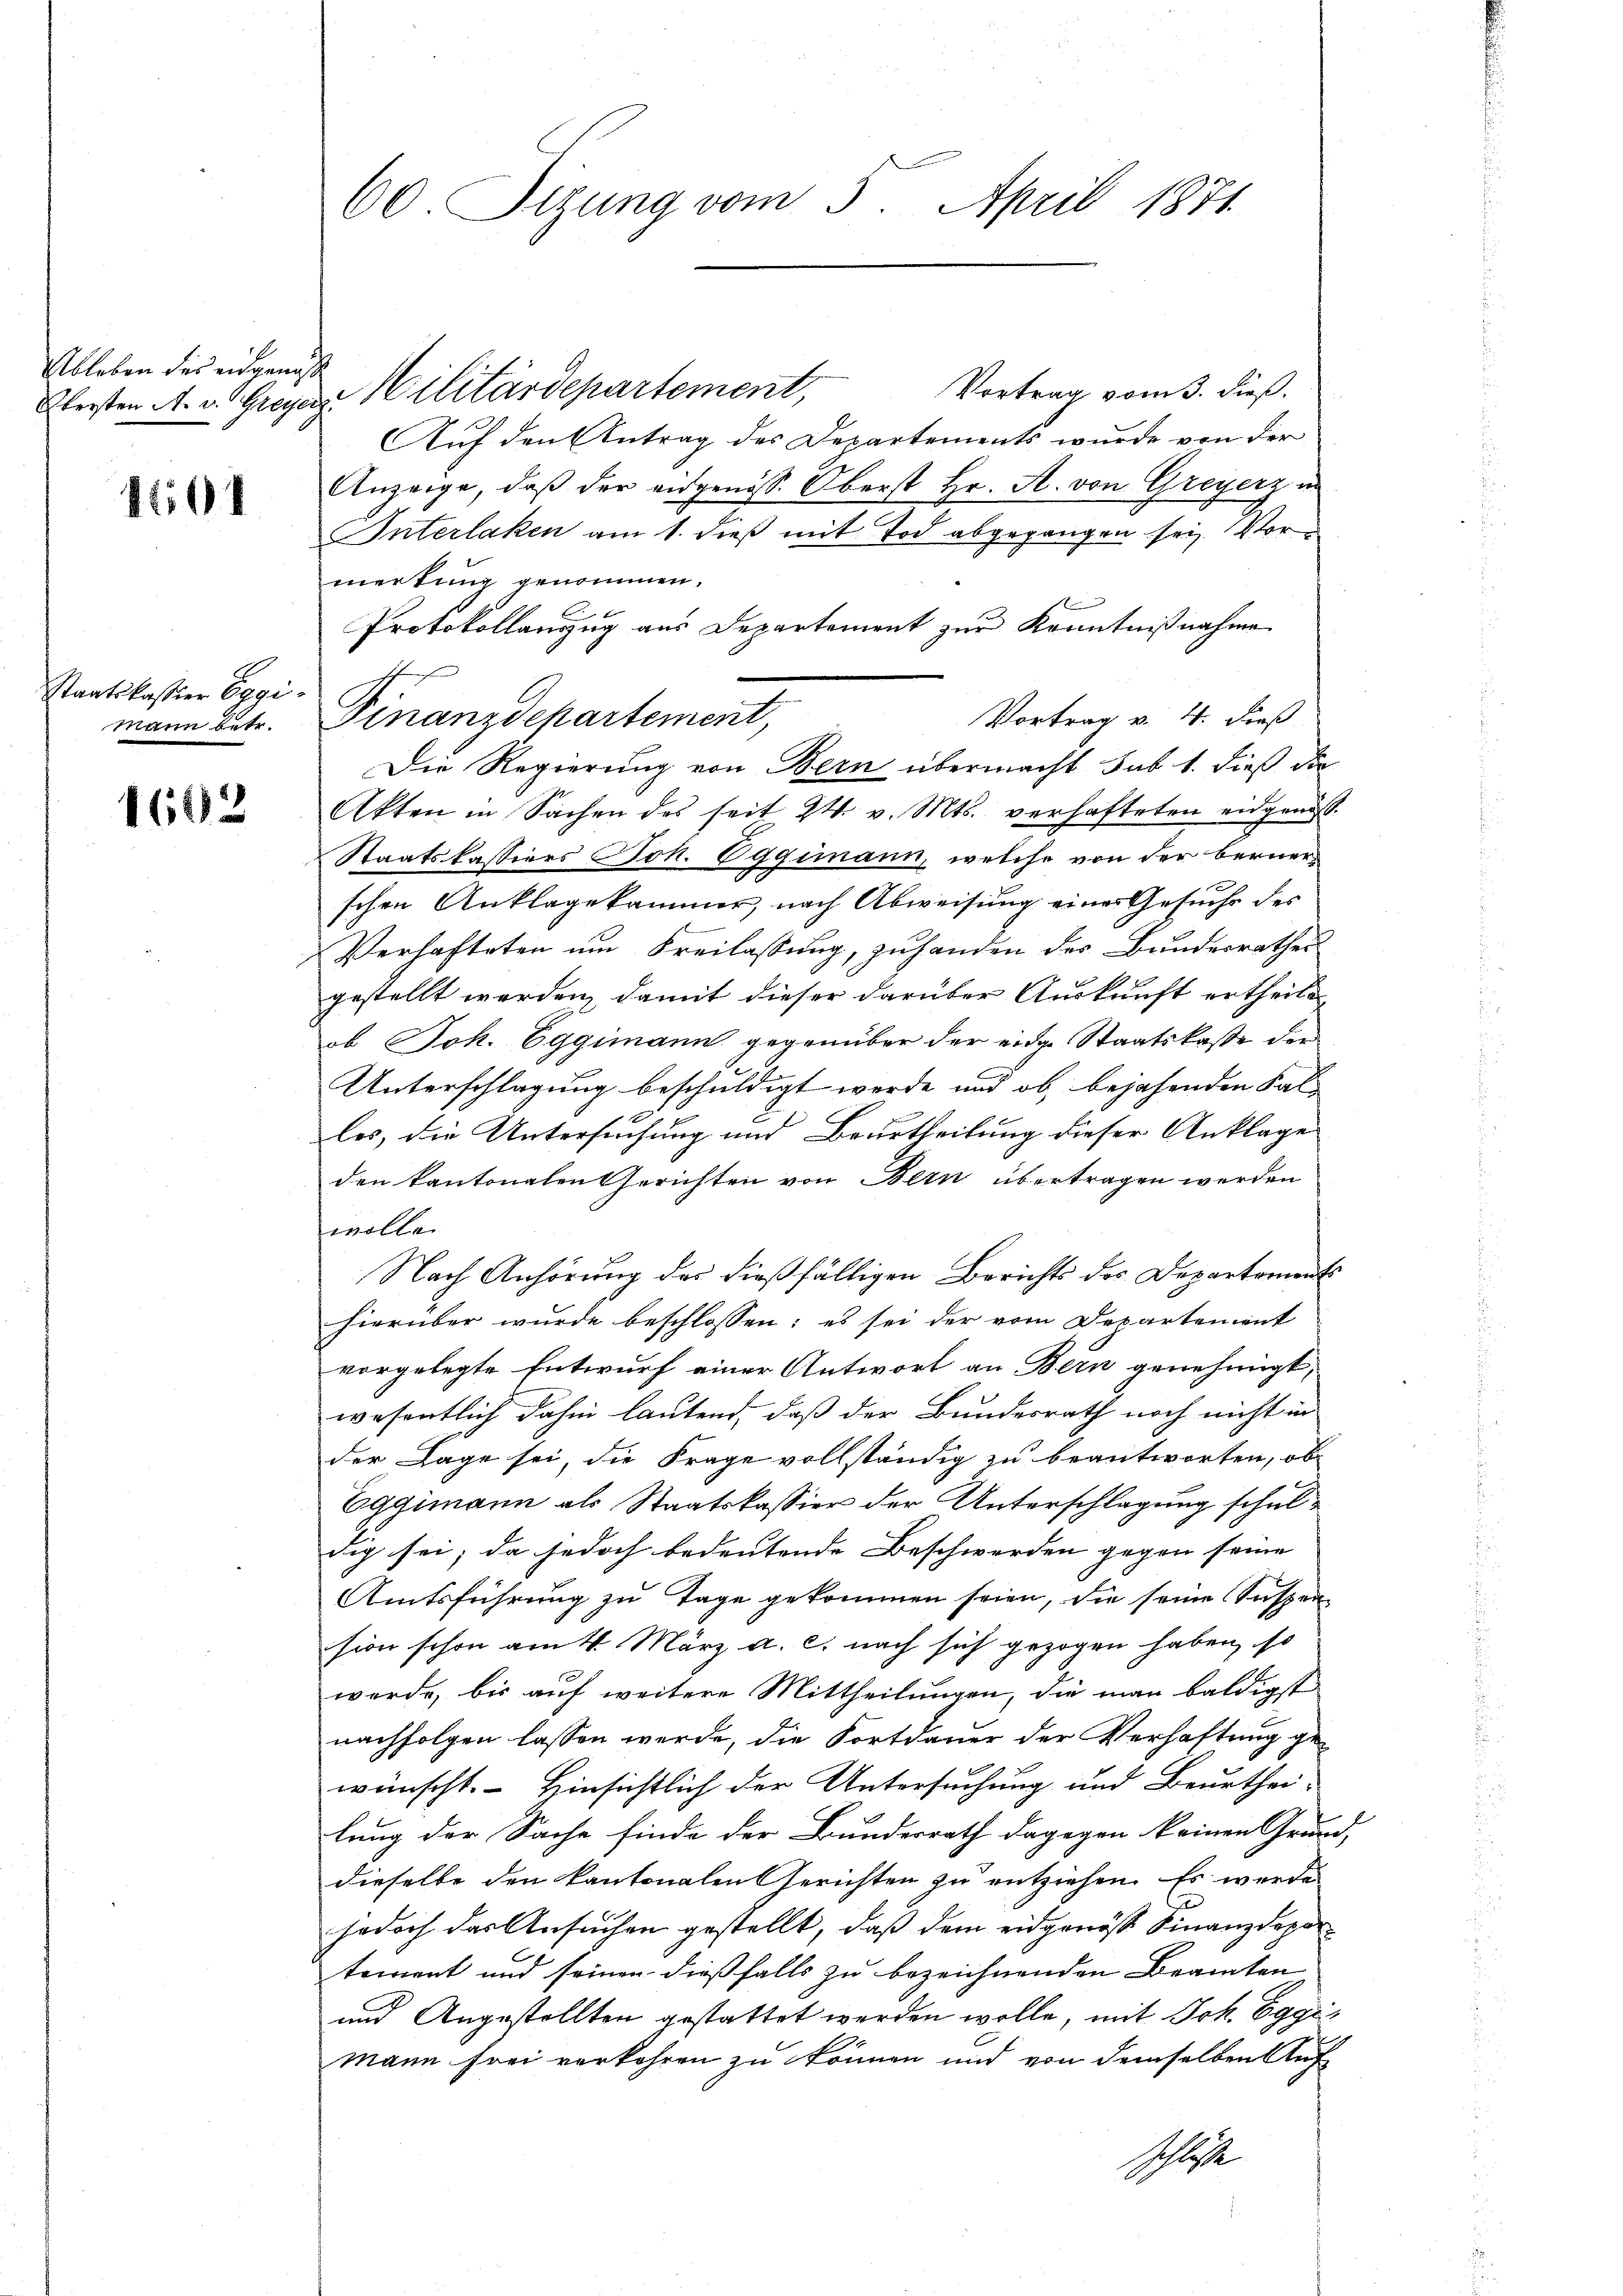
Ableben des eidgenoss

401

Staatskassier Eggi¬
Mann betr.

1662

60 Sizung vom 5. April 1871

Vortrag vom 3. dieß.
Auf den Antrag des Departements wurde von der
Anzeige, daß der eidgenöss. Oberst Hr. A. von Greyerz in
Interlaken am 1. dieß mit Tod abgegangen sei. Vormertung genommen.
Protokollanzug aus Departement zur Kenntnißnahme
Vortrag v. 4. dieß
Die Regierung von Bern übermacht sub 1. dieß die
Akten in Sachen des seit 24. v. Mts. verhafteten eidgenoss
Staatskassiers Joh. Eggimann, welche von der Bernerschen Anklagekammer, nach Abweisung eines Gesuchs des
Verhafteten um Freilassung, zuhanden des Bundesrathes
gestellt werden, damit dieser darüber Auskunft ertheile
ob Joh. Eggimann gegenüber der eidge Staatskasse der
Unterschlagung beschuldigt werde und ob, bejahenden Falles, die Untersuchung und Beurtheilung dieser Anklage
den kantonalen Gerichten von Bern übertragen werden
wolle.
Nach Anhörung des dießfälligen Berichts des Departements
hierüber wurde beschlossen: es sei der vom Departement
vorgelegte Entwurf einer Antwort an Bern genehmigt,
wesentlich dahin lautend, daß der Bundesrath noch nicht in
der Lage sei, die Frage vollständig zu beantworten, ob
Eggimann als Staatskassier der Unterschlagung schuldig sei; da jedoch bedeutende Beschwerden gegen seine |
Amtsführung zu Tage gekommen seien, die seine Suspen
sion schon am 4. März a. c. nach sich gezogen haben, so
werde, bis auf weitere Mittheilungen, die man baldigst
nachfolgen lassen werde, die Fortdauer der Verhaftung gewünscht. Hinsichtlich der Untersuchung und Beurthei-
lung der Sache finde der Bundesrath dagegen keinen Grund-
dieselbe den kantonalen Gerichten zu entziehen. Es wurde
jedoch das Ansuchen gestellt, daß dem eidgenöß Finanzdepartement und seinen dießfalls zu bezeichnenden Beamten
und Angestellten gestattet werden wolle, mit Joh. Eggi¬
Mann frei verkehren zu können und von demselben Auf¬
Schlosse

Klesten A. v. Greyer Militärdepartement,

Finanzdepartement,